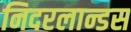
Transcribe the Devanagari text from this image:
निदरलान्डस